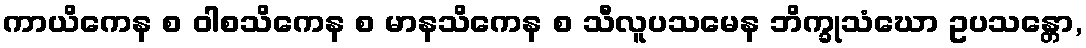
ကာယိကေန စ ဝါစသိကေန စ မာနသိကေန စ သီလူပသမေန ဘိက္ခုသံဃော ဥပသန္တော,